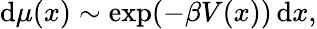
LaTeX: \mathrm{d}\mu(x)\sim\exp(-\beta V(x))\, \mathrm{d}x,